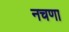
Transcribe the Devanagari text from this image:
नचणा